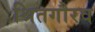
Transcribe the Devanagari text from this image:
श्रितगौरव